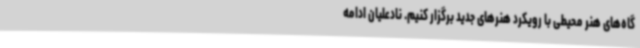
گاه‌های هنر محیطی با رویکرد هنرهای جدید برگزار کنیم. نادعلیان ادامه